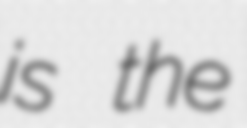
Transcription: is the